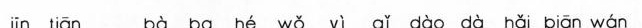
jīn tiān bà ba né wǒ yì qǐ dào dà hǎi biān wán